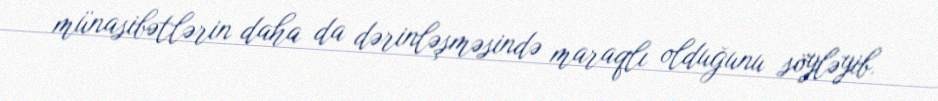
münasibətlərin daha da dərinləşməsində maraqlı olduğunu söyləyib.